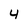
Character: 4